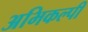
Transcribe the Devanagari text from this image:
अभिकल्पी